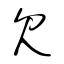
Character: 欠